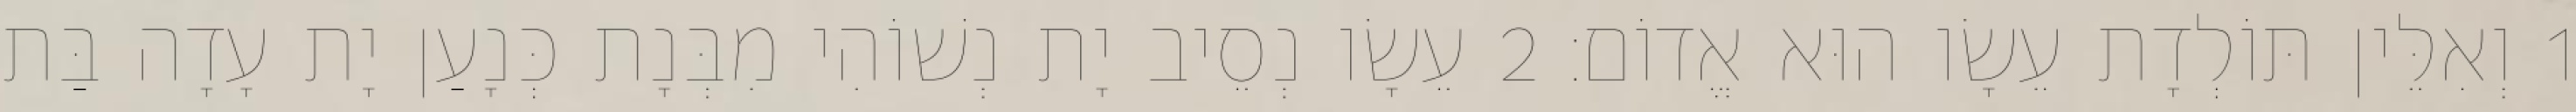
1 וְאִלֵּין תּוֹלְדָת עֵשָׂו הוּא אֱדוֹם׃ 2 עֵשָׂו נְסֵיב יָת נְשׁוֹהִי מִבְּנָת כְּנָעַן יָת עָדָה בַּת